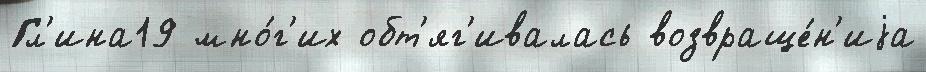
Гл'ина19 мно́г'их обт'яг'ивалась возвраще́н'иjа